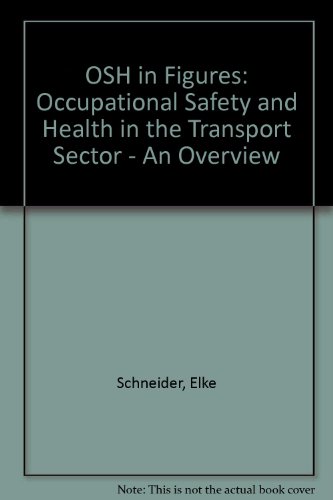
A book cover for OSH in Figures: Occupational Safety and Health in the Transport Sector - An Overview; Elke Schneider; Medical Books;